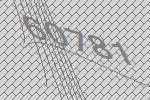
60781